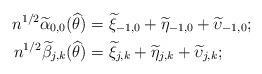
LaTeX: \begin{align*} n^{1/2}\widetilde \alpha_{0,0}(\widehat \theta) &= \widetilde \xi_{-1,0} + \widetilde \eta_{-1,0} + \widetilde \upsilon_{-1,0};\\ n^{1/2}\widetilde \beta_{j,k}(\widehat \theta) &= \widetilde \xi_{j,k} + \widetilde \eta_{j,k} + \widetilde \upsilon_{j,k}; \end{align*}